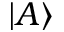
| A \rangle